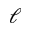
\ell